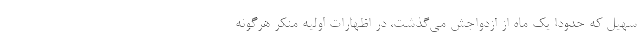
سهیل که حدودا یک ماه از ازدواجش می‌گذشت، در اظهارات اولیه منکر هرگونه